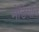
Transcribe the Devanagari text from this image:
मेडियाने